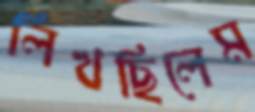
লিখছিলেম